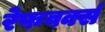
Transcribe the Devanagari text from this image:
रेफवर्क्स